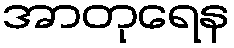
အာတုရေန